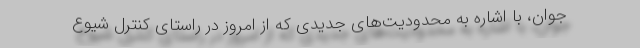
جوان، با اشاره به محدودیت‌های جدیدی که از امروز در راستای کنترل شیوع